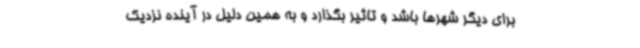
برای دیگر شهرها باشد و تاثیر بگذارد و به همین دلیل در آینده نزدیک